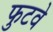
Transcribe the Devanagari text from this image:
फुटवे